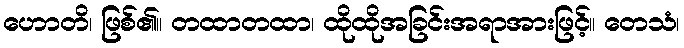
ဟောတိ၊ ဖြစ်၏။ တထာတထာ၊ ထိုထိုအခြင်းအရာအားဖြင့်။ တေသံ၊